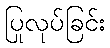
ပြုလုပ်ခြင်း